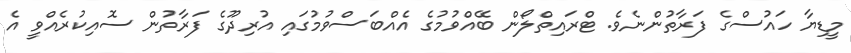
މީޑިޔާ ހައުސްގެ ފަރާތުންނެވެ. ޓްރައިތްލޯން ބޭއްވުމުގެ އެއްބަސްވުމުގައި އުރިދޫގެ ފަރާތުން ސޮއިކުރެއްވީ އެ